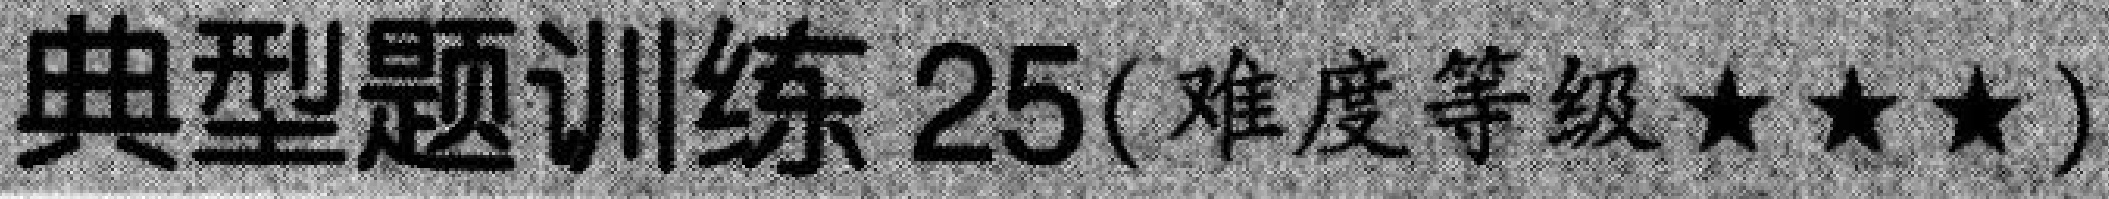
典型题训练 25(难度等级★★★)